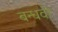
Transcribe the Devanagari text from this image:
बन्धवा